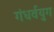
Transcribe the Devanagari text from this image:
गंधर्वयुग